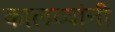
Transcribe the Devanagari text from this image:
कालव्यांनी